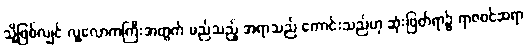
သို့ဖြစ်လျှင် လူ့လောကကြီးအတွက် မည်သည့် အရာသည် ကောင်းသည်ဟု ဆုံးဖြတ်ရာ၌ ရာဇဝင်ဆရာ